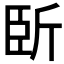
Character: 𣂜